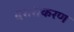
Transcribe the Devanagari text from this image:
दरारीकरण